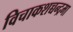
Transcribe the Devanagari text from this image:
विचाकशच्चन्द्रमा